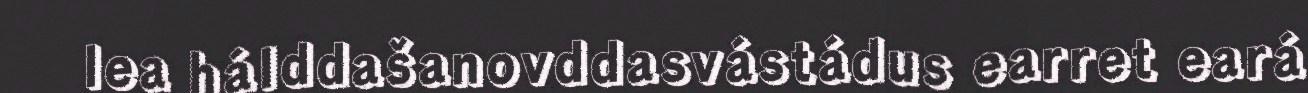
lea hálddašanovddasvástádus earret eará